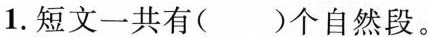
1.短文一共有( )个自然段。